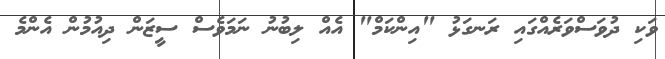
ވަކި ދުވަސްވަރެއްގައި ރަނގަޅު "އިންކަމް" އެއް ލިބުނު ނަމަވެސް ސީޒަން ދިއުމުން އެންމެ